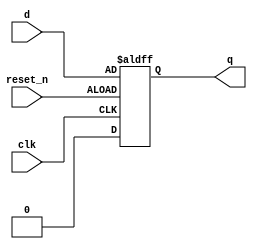
//D flip-flop with active-low asynchronous reset and set
module _dff_r_async(q, clk, reset_n, d); 
	input clk, reset_n, d;	//clock, active-low reset, data d
	output q;	//output
	reg q;
	
	//behavioral implementation
	always @(posedge clk or negedge reset_n) 
	begin
		if (reset_n == 0) q <= d; // reset = 0, then q = 0
		else q <= 1'b0; // reset = 1, then q = d
	end
endmodule